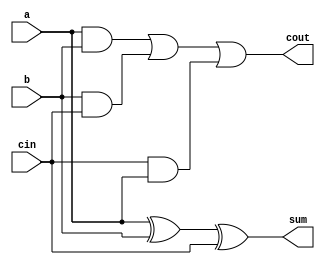

module fulladd(a,b,cin,sum,cout);
  input a,b,cin;
  output sum,cout;
  
  assign sum=(a^b^cin);
  assign cout=(a&b)|(b&cin)|(cin&a);
endmodule